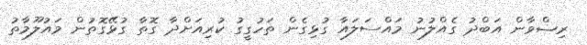
ރިޟްވާން އަބްދު ގެއްލުނު މައްސަލައާ ގުޅިގެން ތަހުގީގު ކުރިއަށްދާ ގޮތާ ގުޅޭގޮތުން މައުލޫމާތު